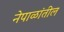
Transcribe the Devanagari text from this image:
नेपाळांतील